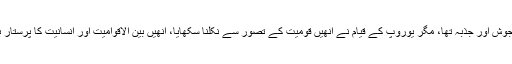
بڑا جوش اور جذبہ تھا، مگر یوروپ کے قیام نے انھیں قومیت کے تصور سے نکلنا سکھایا، انھیں بین الاقوامیت اور انسانیت کا پرستار بنایا۔